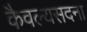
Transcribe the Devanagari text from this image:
कैवल्यसदना